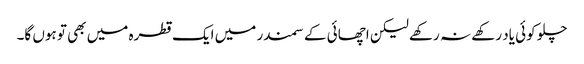
چلو کوئی یاد رکھے نہ رکھے لیکن اچھائی کے سمندر میں ایک قطرہ میں بھی تو ہوں گا۔